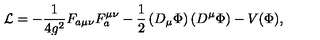
{ \cal L } = - \frac { 1 } { 4 g ^ { 2 } } F _ { a \mu \nu } F _ { a } ^ { \mu \nu } - \frac { 1 } { 2 } \left( D _ { \mu } \Phi \right) \left( D ^ { \mu } \Phi \right) - V ( \Phi ) ,